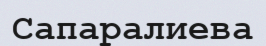
Сапаралиева